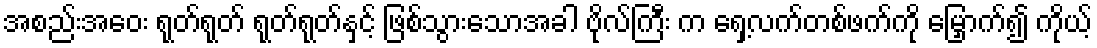
အစည်းအဝေး ရုတ်ရုတ် ရုတ်ရုတ်နှင့် ဖြစ်သွားသောအခါ ဗိုလ်ကြီး က ရှေ့လက်တစ်ဖက်ကို မြှောက်၍ ကိုယ့်